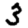
Digit: 3